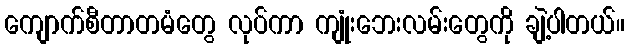
ကျောက်စီတာတမံတွေ လုပ်ကာ ကျုံးဘေးလမ်းတွေကို ချဲ့ပါတယ်။